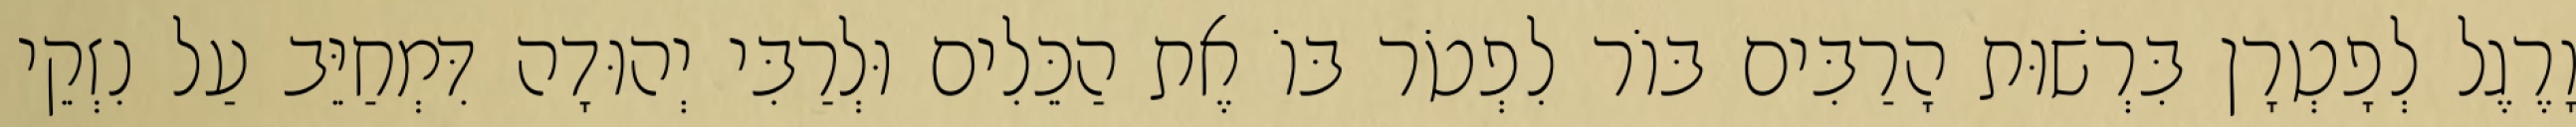
וָרֶגֶל לְפָטְרָן בִּרְשׁוּת הָרַבִּים בּוֹר לִפְטֹר בּוֹ אֶת הַכֵּלִים וּלְרַבִּי יְהוּדָה דִּמְחַיֵּב עַל נִזְקֵי